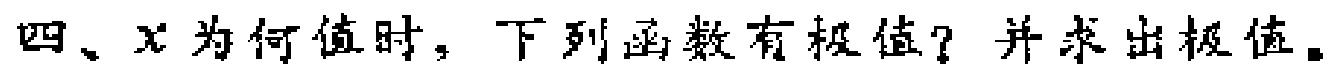
四、\(x\)为何值时，下列函数有极值？并求出极值。